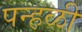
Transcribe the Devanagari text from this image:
पन्हळी